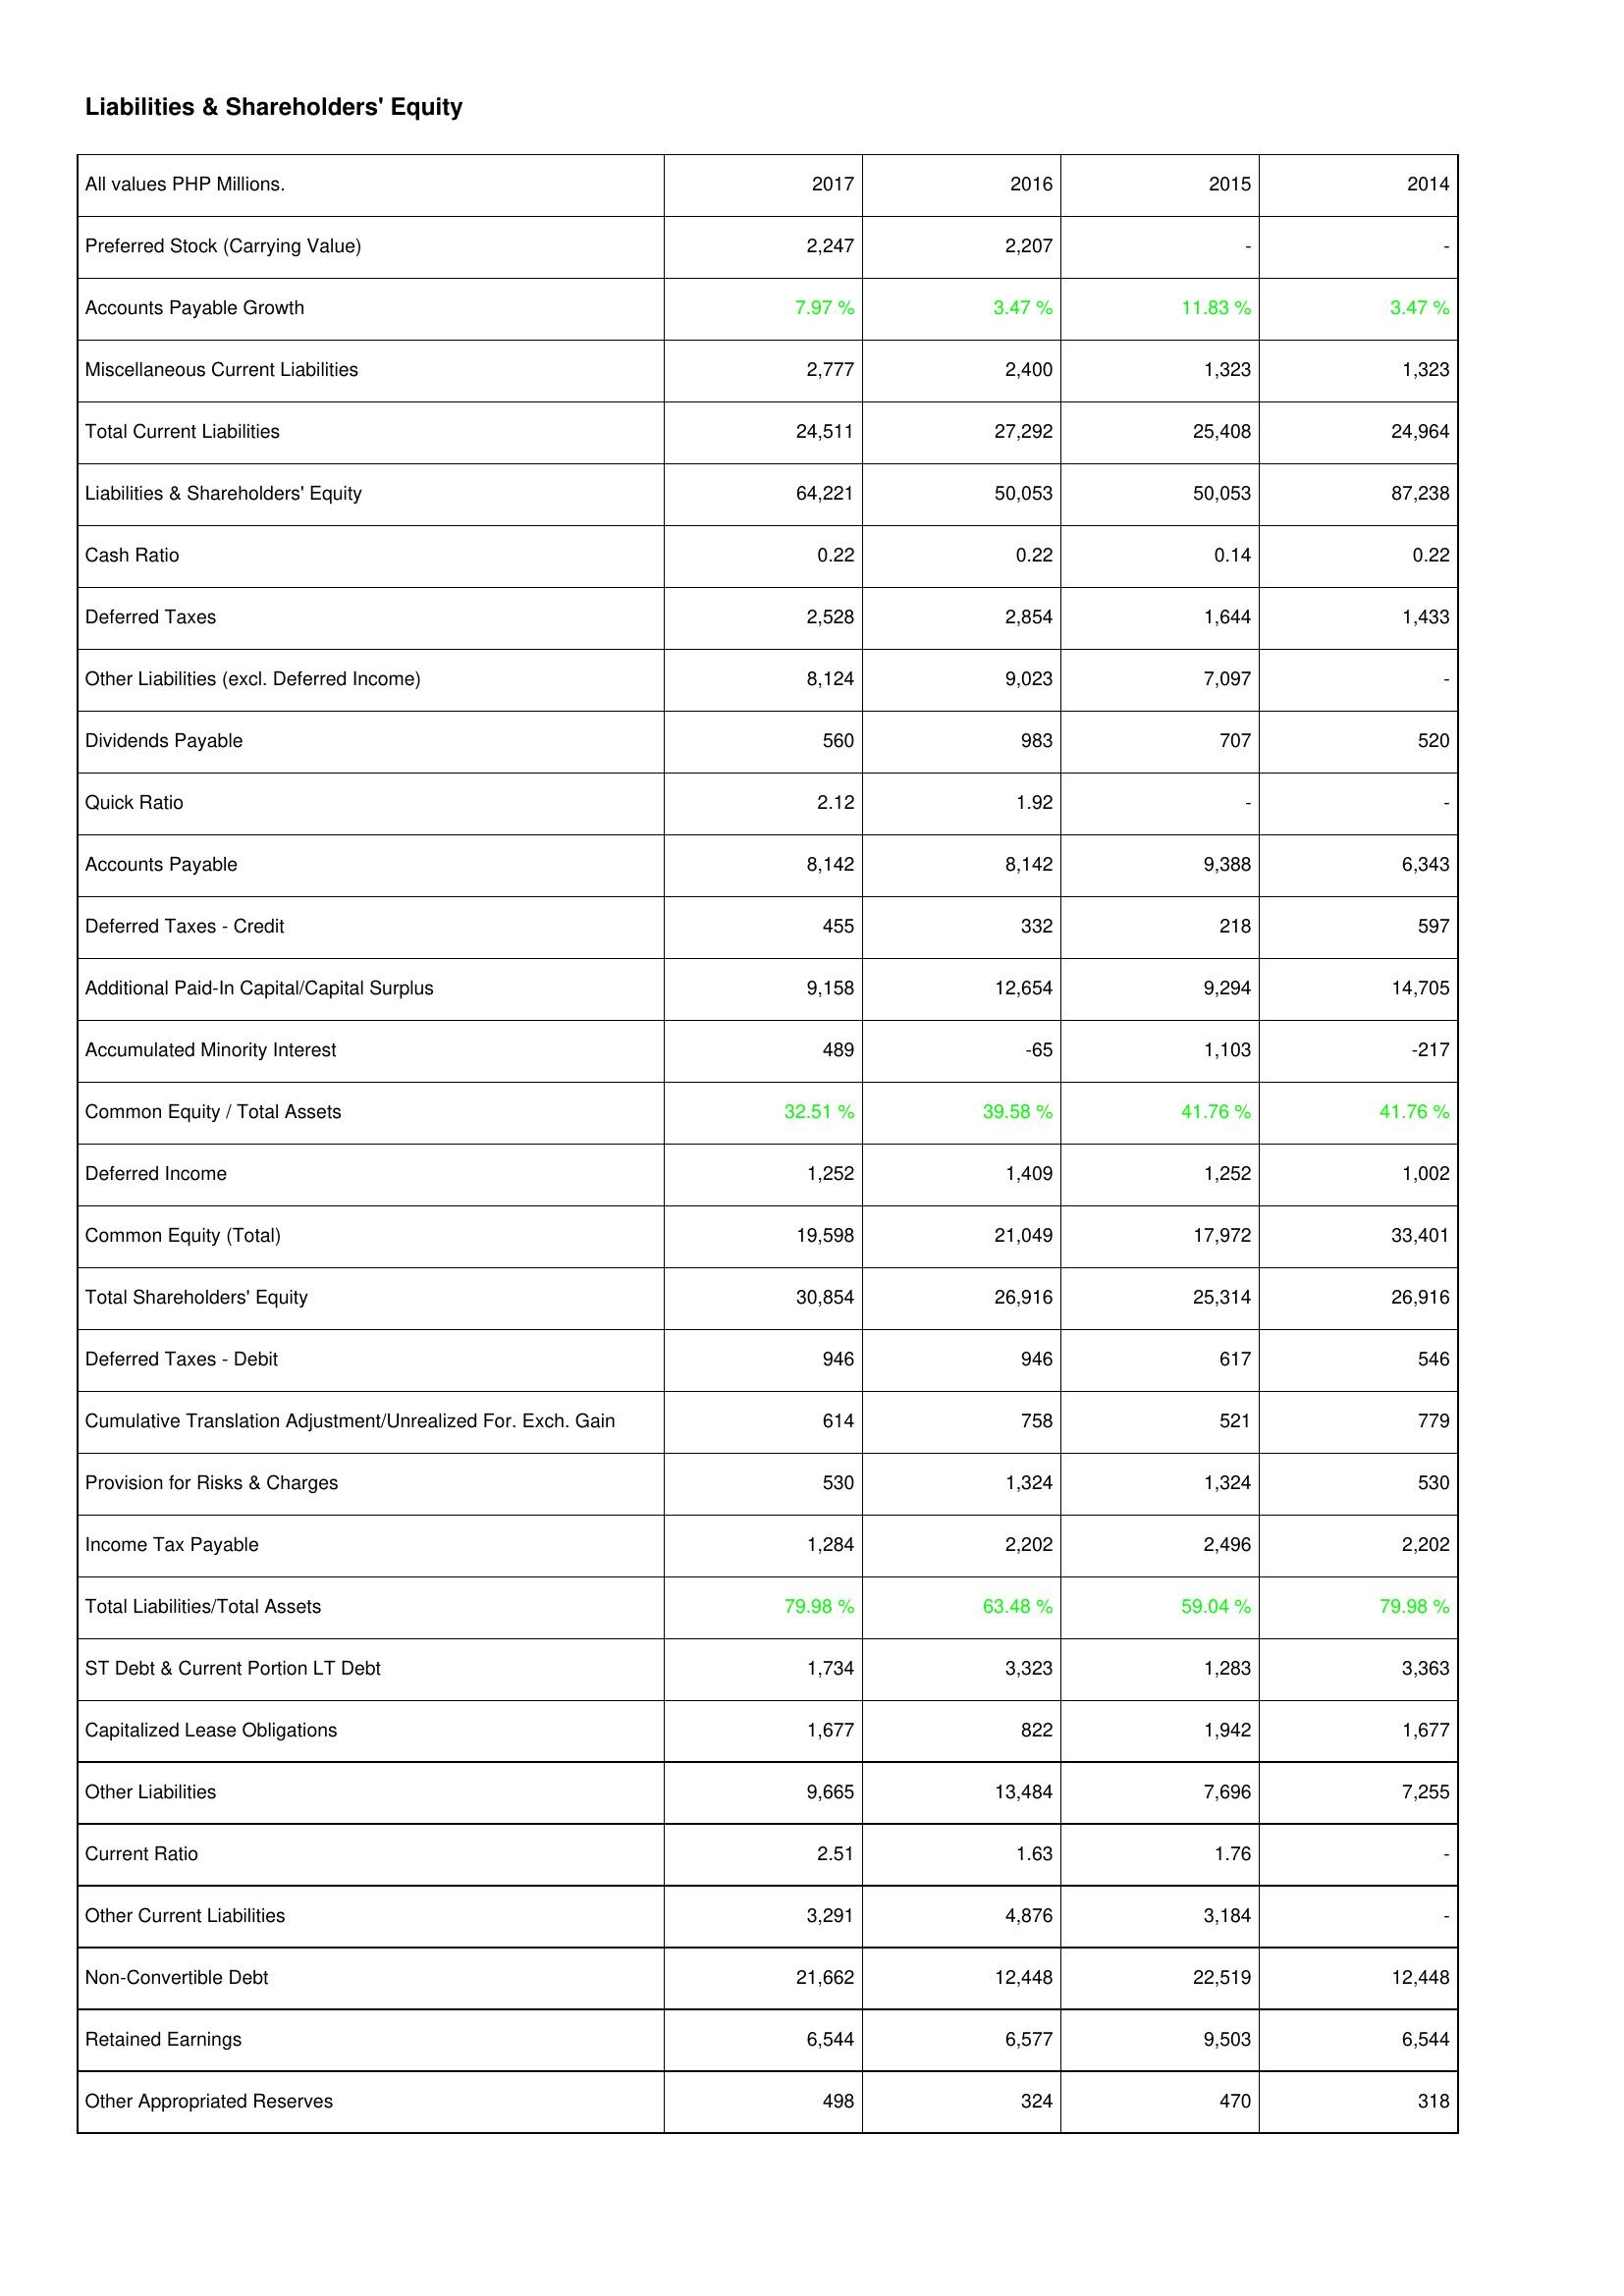
2017: Liabilities & Shareholders' Equity: Preferred Stock (Carrying Value): 2,247
Accounts Payable Growth: 7.97 %
Miscellaneous Current Liabilities: 2,777
Total Current Liabilities: 24,511
Liabilities & Shareholders' Equity: 64,221
Cash Ratio: 0.22
Deferred Taxes: 2,528
Other Liabilities (excl. Deferred Income): 8,124
Dividends Payable: 560
Quick Ratio: 2.12
Accounts Payable: 8,142
Deferred Taxes - Credit: 455
Additional Paid-In Capital/Capital Surplus: 9,158
Accumulated Minority Interest: 489
Common Equity / Total Assets: 32.51 %
Deferred Income: 1,252
Common Equity (Total): 19,598
Total Shareholders' Equity: 30,854
Deferred Taxes - Debit: 946
Cumulative Translation Adjustment/Unrealized For. Exch. Gain: 614
Provision for Risks & Charges: 530
Income Tax Payable: 1,284
Total Liabilities/Total Assets: 79.98 %
ST Debt & Current Portion LT Debt: 1,734
Capitalized Lease Obligations: 1,677
Other Liabilities: 9,665
Current Ratio: 2.51
Other Current Liabilities: 3,291
Non-Convertible Debt: 21,662
Retained Earnings: 6,544
Other Appropriated Reserves: 498
2016: Liabilities & Shareholders' Equity: Preferred Stock (Carrying Value): 2,207
Accounts Payable Growth: 3.47 %
Miscellaneous Current Liabilities: 2,400
Total Current Liabilities: 27,292
Liabilities & Shareholders' Equity: 50,053
Cash Ratio: 0.22
Deferred Taxes: 2,854
Other Liabilities (excl. Deferred Income): 9,023
Dividends Payable: 983
Quick Ratio: 1.92
Accounts Payable: 8,142
Deferred Taxes - Credit: 332
Additional Paid-In Capital/Capital Surplus: 12,654
Accumulated Minority Interest: -65
Common Equity / Total Assets: 39.58 %
Deferred Income: 1,409
Common Equity (Total): 21,049
Total Shareholders' Equity: 26,916
Deferred Taxes - Debit: 946
Cumulative Translation Adjustment/Unrealized For. Exch. Gain: 758
Provision for Risks & Charges: 1,324
Income Tax Payable: 2,202
Total Liabilities/Total Assets: 63.48 %
ST Debt & Current Portion LT Debt: 3,323
Capitalized Lease Obligations: 822
Other Liabilities: 13,484
Current Ratio: 1.63
Other Current Liabilities: 4,876
Non-Convertible Debt: 12,448
Retained Earnings: 6,577
Other Appropriated Reserves: 324
2015: Liabilities & Shareholders' Equity: Preferred Stock (Carrying Value): -
Accounts Payable Growth: 11.83 %
Miscellaneous Current Liabilities: 1,323
Total Current Liabilities: 25,408
Liabilities & Shareholders' Equity: 50,053
Cash Ratio: 0.14
Deferred Taxes: 1,644
Other Liabilities (excl. Deferred Income): 7,097
Dividends Payable: 707
Quick Ratio: -
Accounts Payable: 9,388
Deferred Taxes - Credit: 218
Additional Paid-In Capital/Capital Surplus: 9,294
Accumulated Minority Interest: 1,103
Common Equity / Total Assets: 41.76 %
Deferred Income: 1,252
Common Equity (Total): 17,972
Total Shareholders' Equity: 25,314
Deferred Taxes - Debit: 617
Cumulative Translation Adjustment/Unrealized For. Exch. Gain: 521
Provision for Risks & Charges: 1,324
Income Tax Payable: 2,496
Total Liabilities/Total Assets: 59.04 %
ST Debt & Current Portion LT Debt: 1,283
Capitalized Lease Obligations: 1,942
Other Liabilities: 7,696
Current Ratio: 1.76
Other Current Liabilities: 3,184
Non-Convertible Debt: 22,519
Retained Earnings: 9,503
Other Appropriated Reserves: 470
2014: Liabilities & Shareholders' Equity: Preferred Stock (Carrying Value): -
Accounts Payable Growth: 3.47 %
Miscellaneous Current Liabilities: 1,323
Total Current Liabilities: 24,964
Liabilities & Shareholders' Equity: 87,238
Cash Ratio: 0.22
Deferred Taxes: 1,433
Other Liabilities (excl. Deferred Income): -
Dividends Payable: 520
Quick Ratio: -
Accounts Payable: 6,343
Deferred Taxes - Credit: 597
Additional Paid-In Capital/Capital Surplus: 14,705
Accumulated Minority Interest: -217
Common Equity / Total Assets: 41.76 %
Deferred Income: 1,002
Common Equity (Total): 33,401
Total Shareholders' Equity: 26,916
Deferred Taxes - Debit: 546
Cumulative Translation Adjustment/Unrealized For. Exch. Gain: 779
Provision for Risks & Charges: 530
Income Tax Payable: 2,202
Total Liabilities/Total Assets: 79.98 %
ST Debt & Current Portion LT Debt: 3,363
Capitalized Lease Obligations: 1,677
Other Liabilities: 7,255
Current Ratio: -
Other Current Liabilities: -
Non-Convertible Debt: 12,448
Retained Earnings: 6,544
Other Appropriated Reserves: 318